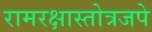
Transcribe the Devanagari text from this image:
रामरक्षास्तोत्रजपे